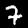
Digit: 7